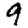
Digit: 9